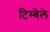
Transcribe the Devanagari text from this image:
टिम्बेले